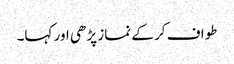
طواف کر کے نماز پڑھی اور کہا۔